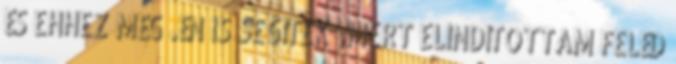
ÉS EHHEZ MÉG .ÉN IS SEGÍTEK .MERT ELINDÍTOTTAM FELÉD